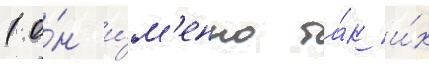
(о́н и́м'енно та́к и́х